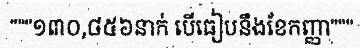
"""១៣០,៨៥៦នាក់ បើធៀបនឹងខែកញ្ញា"""